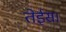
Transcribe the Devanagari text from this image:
तेईस।